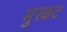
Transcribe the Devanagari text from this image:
मुस्कट